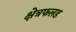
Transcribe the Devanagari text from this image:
क्षेत्रफलड